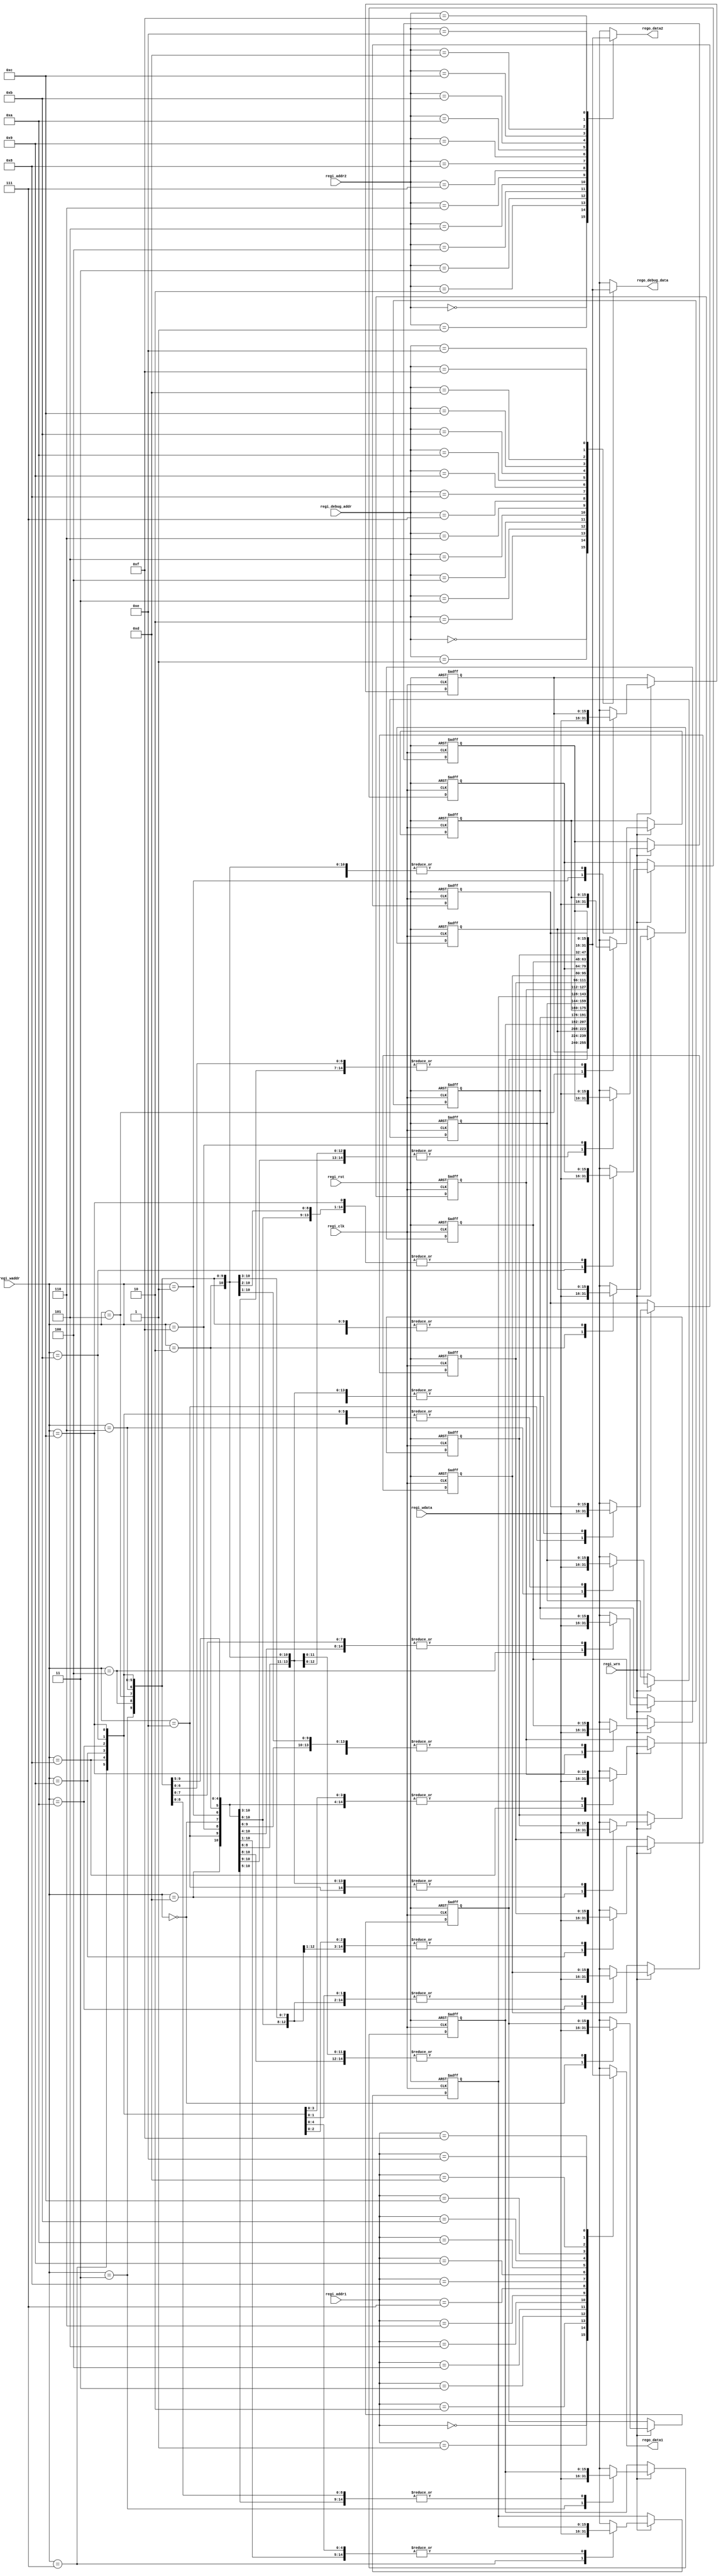
`timescale 1ns / 1ps
//////////////////////////////////////////////////////////////////////////////////
// Company: 
// Engineer: 
// 
// Design Name: 
// Module Name:    reg_file 
// Project Name: 
// Target Devices: 
// Tool versions: 
// Description: 
//
// Dependencies: 
//
// Revision: 
// Revision 0.01 - File Created
// Additional Comments: 
//
//////////////////////////////////////////////////////////////////////////////////
module reg_file(
	 input [3:0] regi_addr1,
	 input [3:0] regi_addr2,
	 input [3:0] regi_waddr,
	 input [15:0] regi_wdata,
	 input regi_wrn,
	 input regi_clk,
	 input regi_rst,
	 output [15:0] rego_data1,
	 output [15:0] rego_data2,
	 
	 output [15:0] rego_debug_data,
	 input [3:0] regi_debug_addr
    );

	reg [15:0] regs[0:15];
	reg [15:0] reg_out1;
	reg [15:0] reg_out2;
	integer i;
	
	assign rego_debug_data = regs[regi_debug_addr];
	
	always @(posedge regi_clk or negedge regi_rst) begin
		if (regi_rst == 0) begin
			for (i = 0; i < 16; i = i + 1) begin
				 regs[i] = i;
			end
		end else begin
			if (regi_wrn == 1) begin
				regs[regi_waddr] = regi_wdata;
			end
		end
	end
	
	assign rego_data1 = regs[regi_addr1];
	assign rego_data2 = regs[regi_addr2];

endmodule